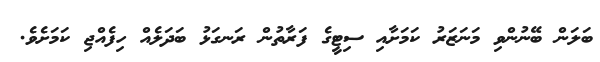
ބަލަން ބޭނުންވި މަނަޒަރު ކަމަށާއި ސިޓީގެ ފަރާތުން ރަނގަޅު ބަދަލެއް ހިފެއްޖި ކަމަށެވެ.